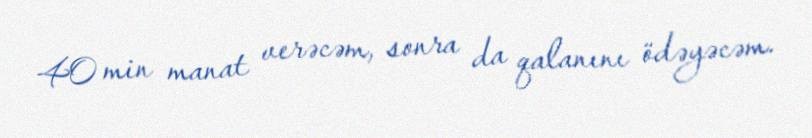
40 min manat verəcəm, sonra da qalanını ödəyəcəm.